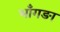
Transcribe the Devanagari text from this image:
भाँगङा